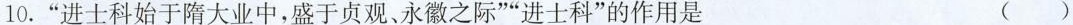
10.”进士科始于隋大业中，盛于贞观、永徽之际””进士科”的作用是 ( )